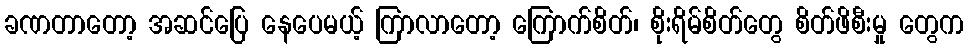
ခဏတာတော့ အဆင်ပြေ နေပေမယ့် ကြာလာတော့ ကြောက်စိတ်၊ စိုးရိမ်စိတ်တွေ စိတ်ဖိစီးမှု တွေက